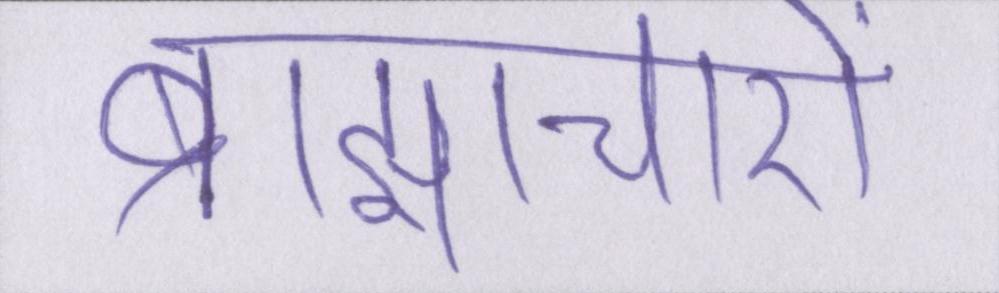
ब्राह्याचारों